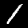
Digit: 1